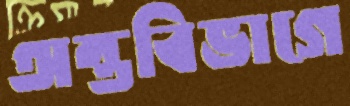
অন্তবিভাগে